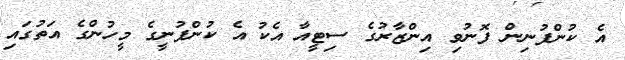
އެ ކުންފުނިން ފޮނުވި އިންޒާރުގެ ސިޓީއާ އެކު އެ ކުންފުނީގެ މީހުންގެ އަތުގައި